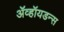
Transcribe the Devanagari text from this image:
ॲव्हॉयडन्स